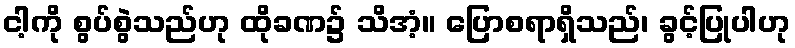
ငါ့ကို စွပ်စွဲသည်ဟု ထိုခဏ၌ သိအံ့။ ပြောစရာရှိသည်၊ ခွင့်ပြုပါဟု